Report on vaccination in the Province of Bengal - 1869-1873
Year: 1869
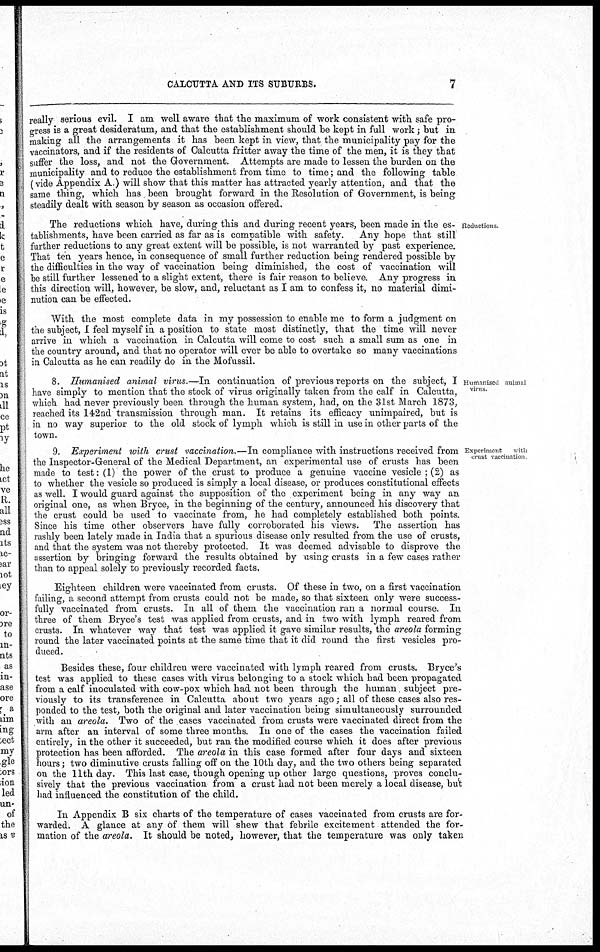
CALCUTTA AND ITS SUBURBS.
7
really serious evil. I am well aware that the maximum of work consistent with safe pro-
gress is a great desideratum, and that the establishment should be kept in full work; but in
making all the arrangements it has been kept in view, that the municipality pay for the
vaccinators, and if the residents of Calcutta fritter away the time of the men, it is they that
suffer the loss, and not the Government. Attempts are made to lessen the burden on the
municipality and to reduce the establishment from time to time; and the following table
(vide Appendix A.) will show that this matter has attracted yearly attention, and that the
same thing, which has been brought forward in the Resolution of Government, is being
steadily dealt with season by season as occasion offered.
Reductions.
The reductions which have, during this and during recent years, been made in the es-
tablishments, have been carried as far as is compatible with safety.
Any hope that still
further reductions to any great extent will be possible, is not warranted by past experience.
That ten years hence, in consequence of small further reduction being rendered possible by
the difficulties in the way of vaccination being diminished, the cost of vaccination will
be still further lessened to a slight extent, there is fair reason to believe. Any progress in
this direction will, however, be slow, and, reluctant as I am to confess it, no material dimi-
nution can be effected.
With the most complete data in my possession to enable me to form a judgment on
the subject, I feel myself in a position to state most distinctly, that the time will never
arrive in which a vaccination in Calcutta will come to cost such a small sum as one in
the country around, and that no operator will ever be able to overtake so many vaccinations
in Calcutta as he can readily do in the Mofussil.
Humanised animal
virus
8. Humanised animal virus.—In continuation of previous reports on the subject, I
have simply to mention that the stock of virus originally taken from the calf in Calcutta,
which had never previously been through the human system, had, on the 31st March 1873,
reached its 142nd transmission through man. It retains its efficacy unimpaired, but is
in no way superior to the old stock of lymph which is still in use in other parts of the
town.
Experiment
with
crust vaccination
9. Experiment with crust vaccination.—In compliance with instructions received from
the Inspector-General of the Medical Department, an experimental use of crusts has been
made to test: (1) the power of the crust to produce a genuine vaccine vesicle ; (2) as
to whether the vesicle so produced is simply a local disease, or produces constitutional effects
as well. I would guard against the supposition of the experiment being in any way an
original one, as when Bryce, in the beginning of the century, announced his discovery that
the crust could be used to vaccinate from, he had completely established both points.
Since his time other observers have fully corroborated his views. The assertion has
rashly been lately made in India that a spurious disease only resulted from the use of crusts,
and that the system was not thereby protected. It was deemed advisable to disprove the
assertion by bringing forward the results obtained by using crusts in a few cases rather
than to appeal solely to previously recorded facts.
Eighteen children were vaccinated from crusts. Of these in two, on a first vaccination
failing, a second attempt from crusts could not be made, so that sixteen only were success-
fully vaccinated from crusts. In all of them the vaccination ran a normal course. In
three of them Bryce's test was applied from crusts, and in two with lymph reared from
crusts. In whatever way that test was applied it gave similar results, the areola forming
round the later vaccinated points at the same time that it did round the first vesicles pro-
duced.
Besides these, four children were vaccinated with lymph reared from crusts. Bryce's
test was applied to these cases with virus belonging to a stock which had been propagated
from a calf inoculated with cow-pox which had not been through the human subject pre-
viously to its transference in Calcutta about two years ago; all of these cases also res-
ponded to the test, both the original and later vaccination being simultaneously surrounded
with an areola. Two of the cases vaccinated from crusts were vaccinated direct from the
arm after an interval of some three months. In one of the cases the vaccination failed
entirely, in the other it succeeded, but ran the modified course which it does after previous
protection has been afforded. The areola in this case formed after four days and sixteen
hours; two diminutive crusts falling off on the 10th day, and the two others being separated
on the 11th day. This last case, though opening up other large questions, proves conclu-
sively that the previous vaccination from a crust had not been merely a local disease, but
had influenced the constitution of the child.
In Appendix B six charts of the temperature of cases vaccinated from crusts are for-
warded. A glance at any of them will shew that febrile excitement attended the for-
mation of the areola. It should be noted, however, that the temperature was only taken